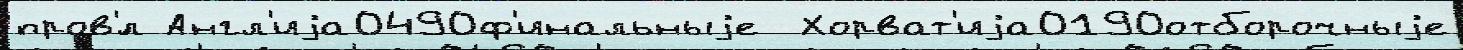
пров'́л Англ'иjа0490ф'инальныjе  Хорват'иjа0190отборочныjе